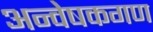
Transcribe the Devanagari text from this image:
अन्वेषकगण